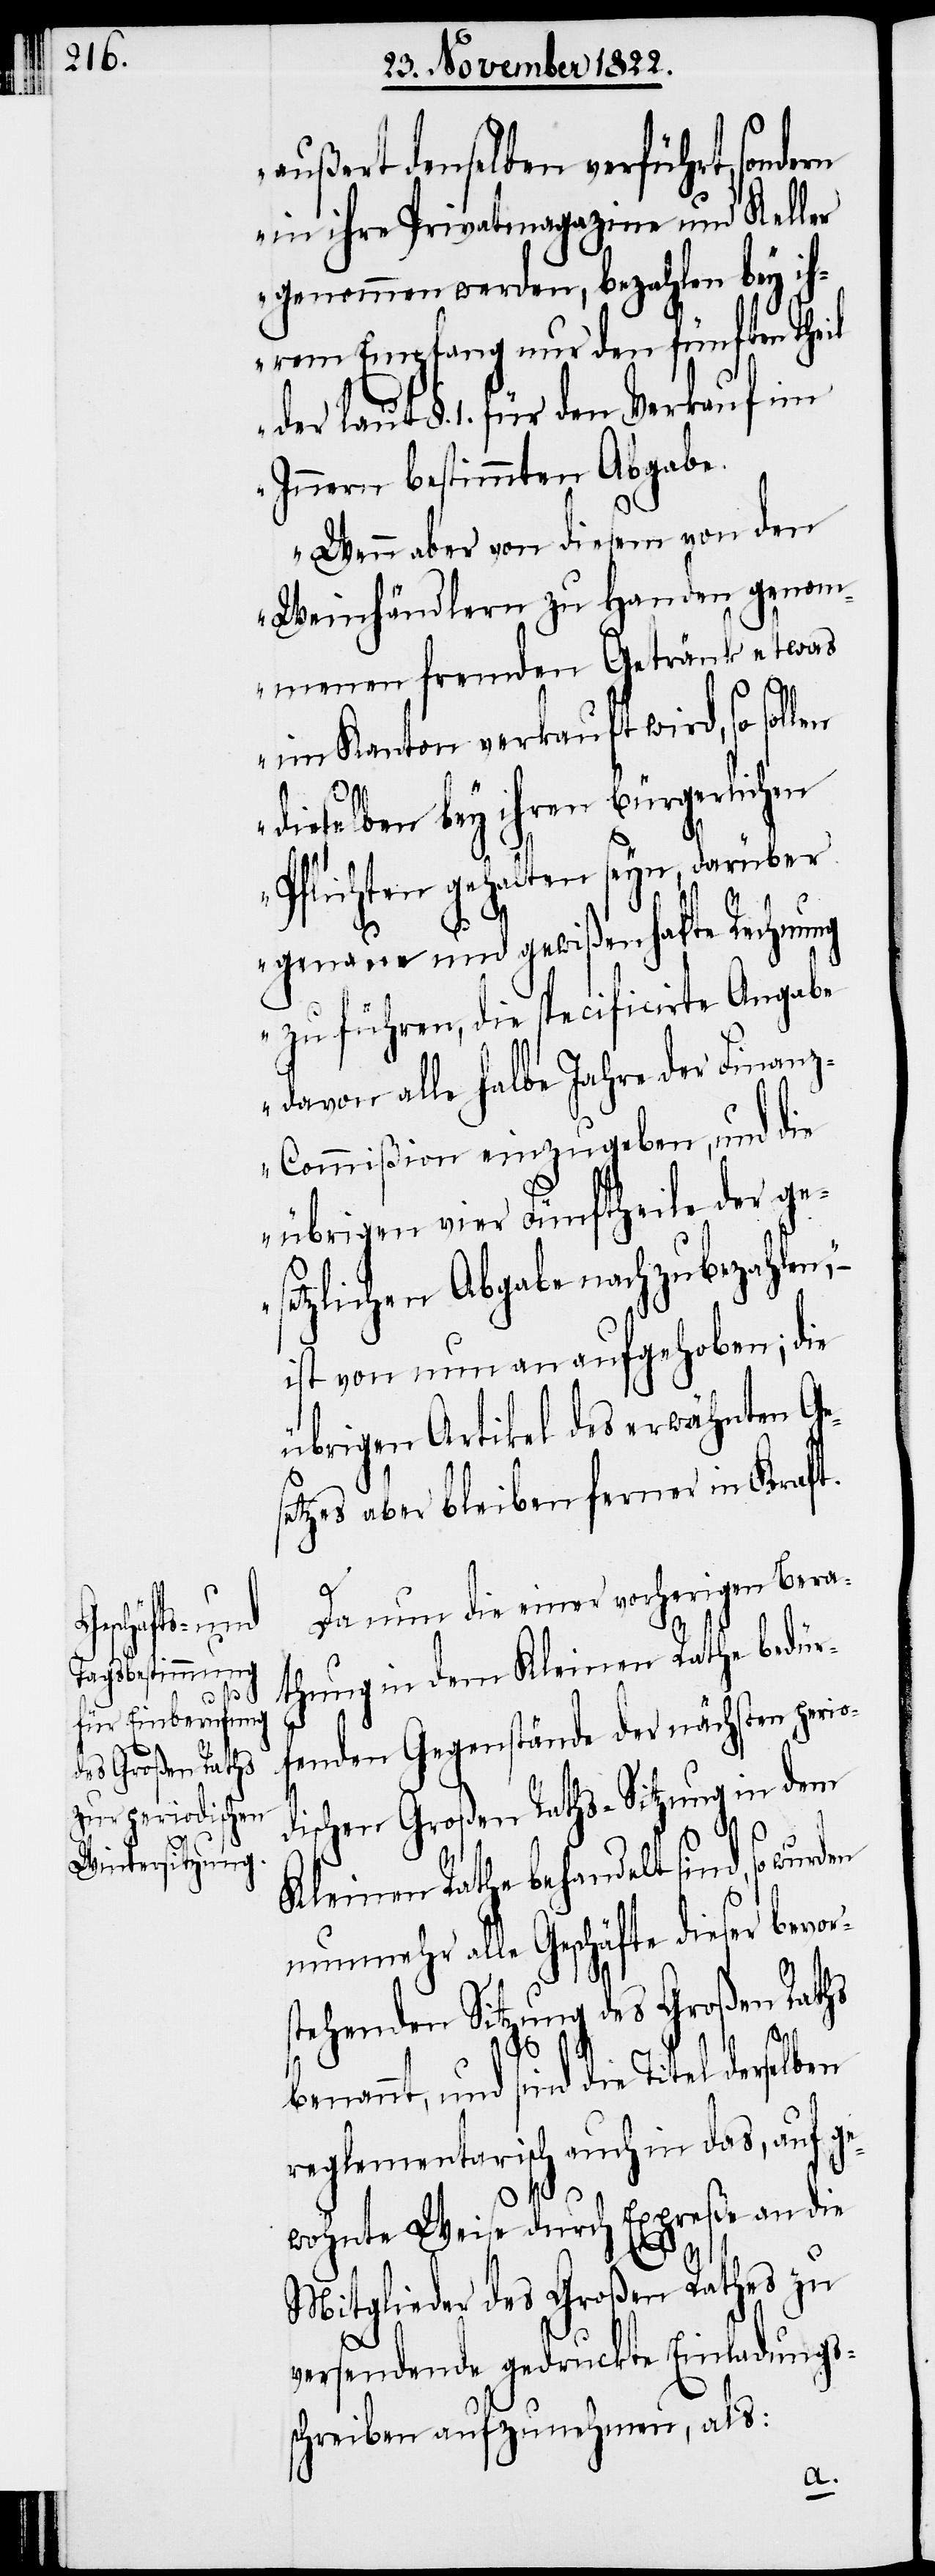
s¬

außert denselben verführt, sondern
in ihre Privatmagazine und Keller
genommen werden, bezahlen bey ih¬
rem Empfang nur den fünften Theil
der laut §. 1. für den Verkauf im
Innern bestimmten Abgabe.
Wenn aber von diesem von den
Weinhändlern zu Handen genom¬
menen fremden Getränk etwas
im Kanton verkauft wird, so sol¬
len
dieselben bey ihren bürgerlichen
Pflichten gehalten seyn, darüber
genaue und gewißenhafte Rechnung
zu führen, die specificirte Angabe
davon alle halbe Jahre der Finan¬
z-Commißion einzugeben, und die
übrigen vier Fünftheile der ge¬
setzlichen Abgabe nachzubezahlen,“
ist von nun an aufgehoben; die
übrigen Artikel des erwähnten Ge¬
etzes aber bleiben ferner in Kraft.
Da nun die einer vorherigen Bera¬
thung in dem Kleinen Rathe bedür¬
fenden Gegestände der nächsten perio¬
dischen Großen Raths-Sitzung in dem
Kleinen Rathe behandelt sind,
nunmehr alle Geschäfte dieser bevor¬
stehenden Sitzung des Großen Raths
benannt, und sind die Titel derselben
reglementarisch auch in das, auf ge¬
wohnte Weise durch Expreße an die
Mitglieder des Großen Rathes zu
versendende gedruckte Einladungs¬
schreiben aufzunehmen, als: